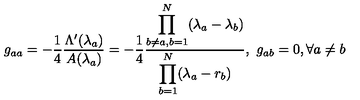
g _ { a a } = - \frac { 1 } { 4 } \frac { \Lambda ^ { \prime } ( \lambda _ { a } ) } { A ( \lambda _ { a } ) } = - \frac { 1 } { 4 } \frac { \displaystyle \prod _ { b \neq a , b = 1 } ^ { N } ( \lambda _ { a } - \lambda _ { b } ) } { \displaystyle \prod _ { b = 1 } ^ { N } ( \lambda _ { a } - r _ { b } ) } , \ g _ { a b } = 0 , \forall a \neq b